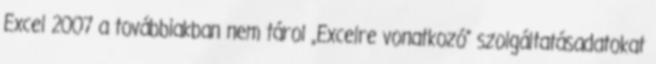
Excel 2007 a továbbiakban nem tárol „Excelre vonatkozó” szolgáltatásadatokat